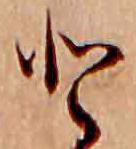
と